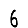
Digit: 6